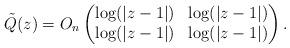
LaTeX: \begin{align*} \tilde{Q}(z) =O_n\left(\begin{matrix}\log(\vert z - 1\vert) & \log(\vert z - 1\vert) \\\log(\vert z - 1\vert) & \log(\vert z - 1\vert)\end{matrix}\right).\end{align*}